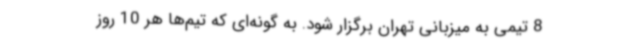
8 تیمی به میزبانی تهران برگزار شود. به گونه‌ای که تیم‌ها هر 10 روز